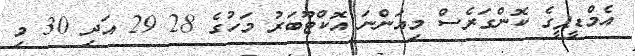
އެމްޑީޕީގެ ކޮންގަރެސް މިއަންނަ އޮކްޓޫބަރު މަހުގެ 28 29 އަދި 30 މި